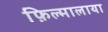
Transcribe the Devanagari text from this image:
फ़िल्मालाया